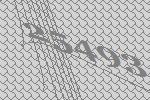
25493